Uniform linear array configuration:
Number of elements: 16
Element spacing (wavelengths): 0.5
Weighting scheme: cosine
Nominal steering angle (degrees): -45
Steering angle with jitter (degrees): -46.547
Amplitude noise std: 0.05
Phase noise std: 0.05

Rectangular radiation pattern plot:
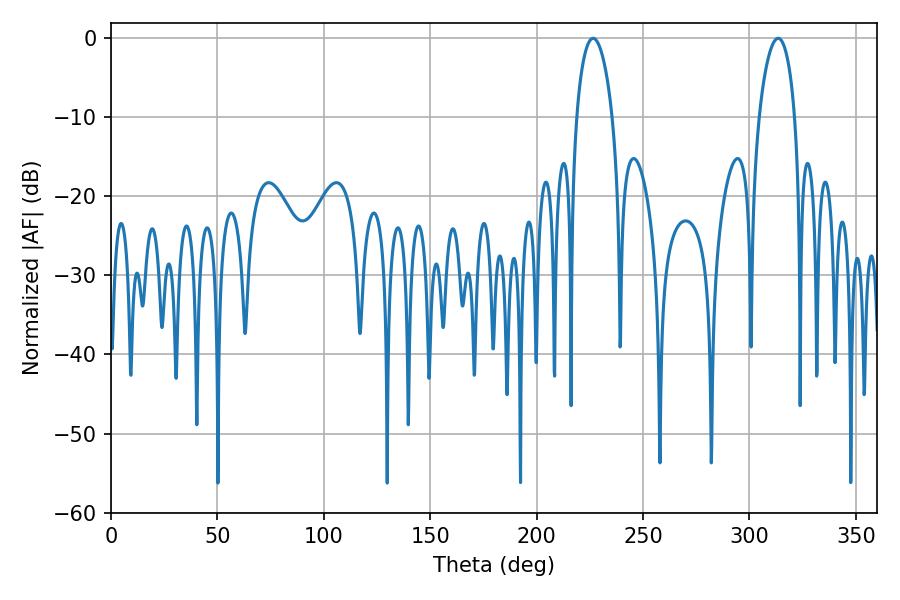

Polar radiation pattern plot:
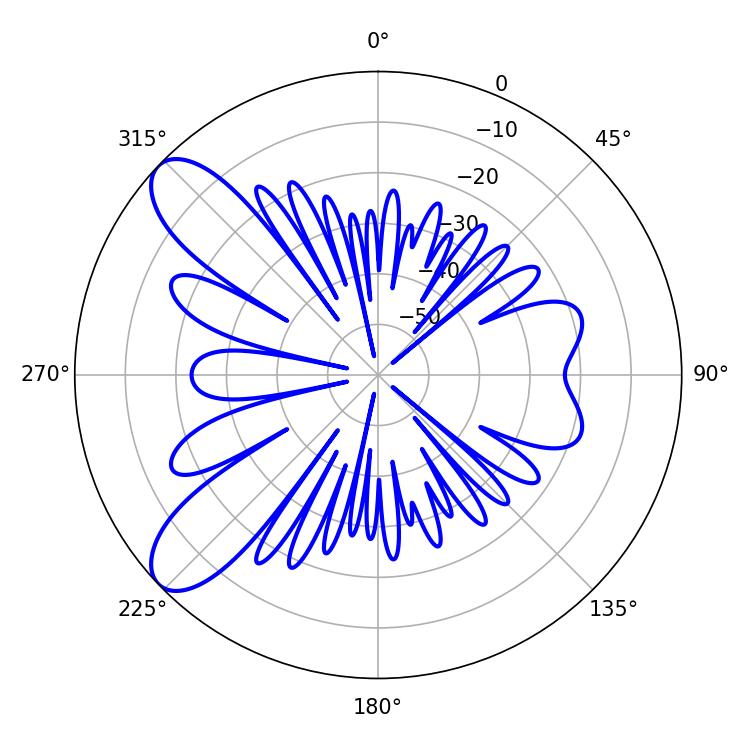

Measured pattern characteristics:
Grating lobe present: FALSE
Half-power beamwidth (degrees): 9.54
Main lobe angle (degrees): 226.44